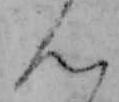
ん